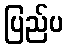
ပြည်ပ